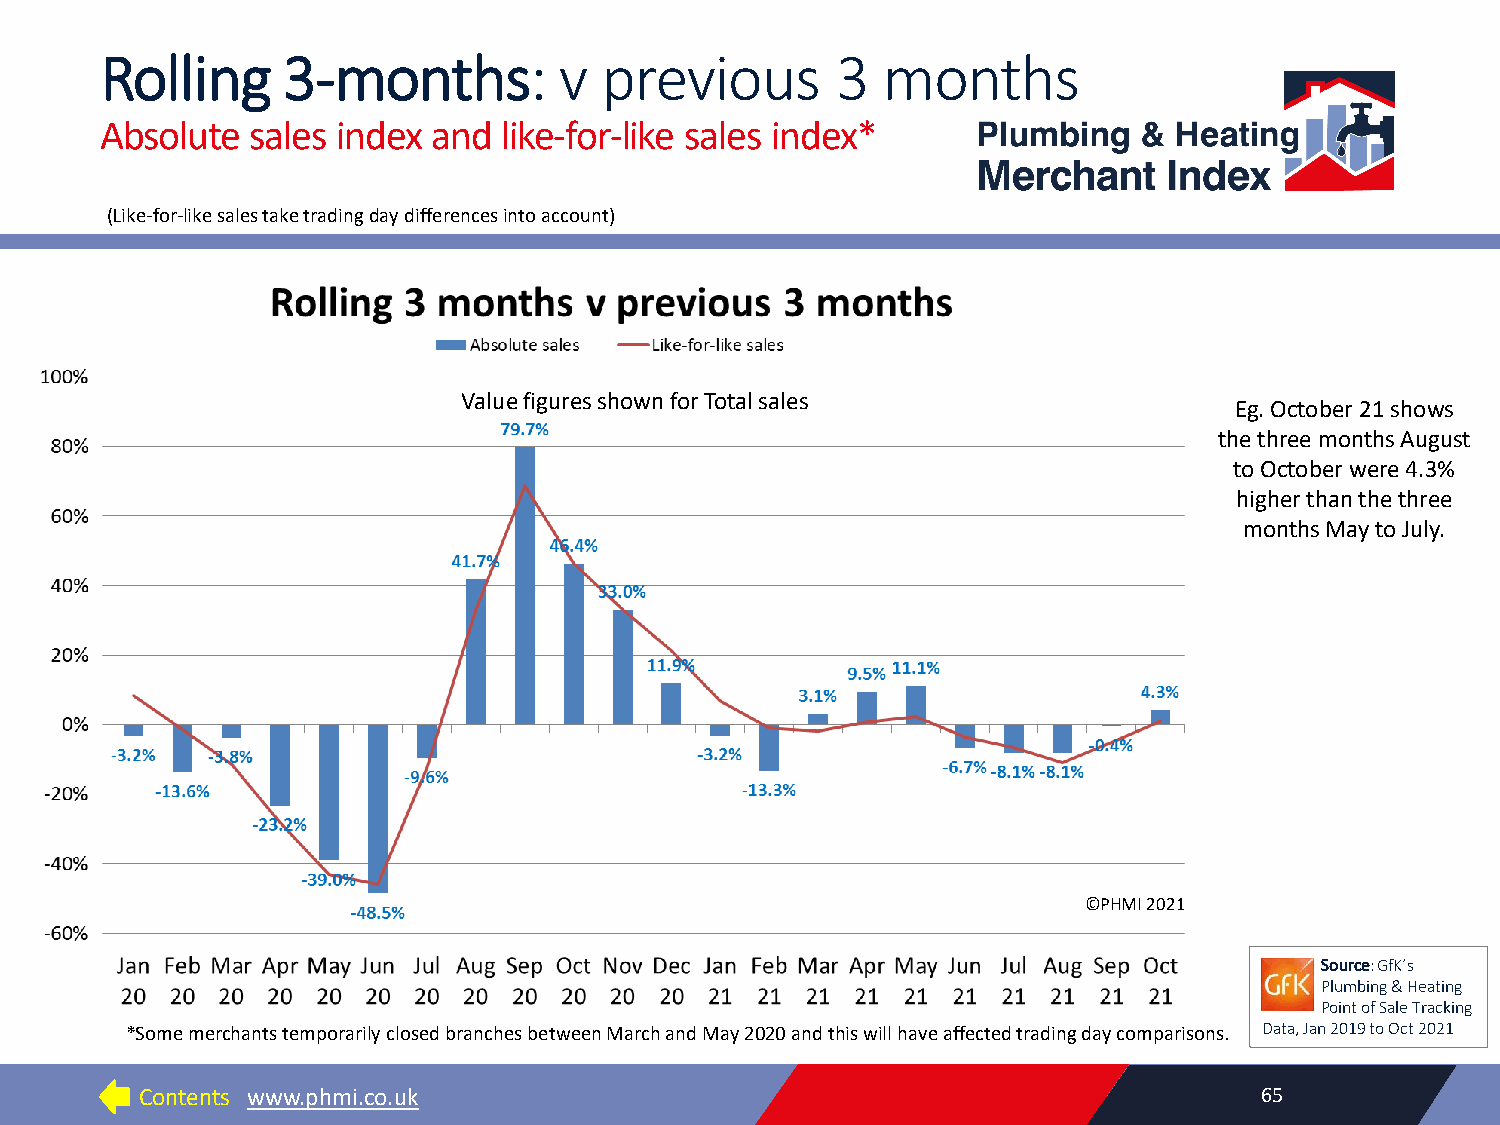
Rolling     3-months:         v  previous       3  months
 Absolute  sales index and like-for-like sales index*
 (Like-for-like sales take trading day differences into account)
 Value figures shown for Total sales
 Eg. October 21 shows
 the three months August
 to October were 4.3%
 higher than the three
 months May to July.
 ©PHMI 2021
 Source: GfK’s
 Plumbing & Heating
 Point of Sale Tracking
 *Some merchants temporarily closed branches between March and May 2020 and this will have affected trading day comparisons. Data, Jan 2019 to Oct 2021
 Contents www.phmi.co.uk                                                   65